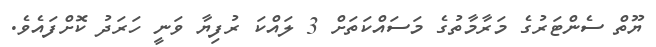
ޔޫތް ސެންޓަރުގެ މަރާމާތުގެ މަސައްކަތަށް 3 ލައްކަ ރުފިޔާ ވަނީ ހަރަދު ކޮށްފައެވެ.